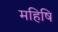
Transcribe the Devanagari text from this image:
महिषि